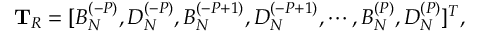
\mathbf { T } _ { R } = [ B _ { N } ^ { ( - P ) } , D _ { N } ^ { ( - P ) } , B _ { N } ^ { ( - P + 1 ) } , D _ { N } ^ { ( - P + 1 ) } , \cdots , B _ { N } ^ { ( P ) } , D _ { N } ^ { ( P ) } ] ^ { T } ,